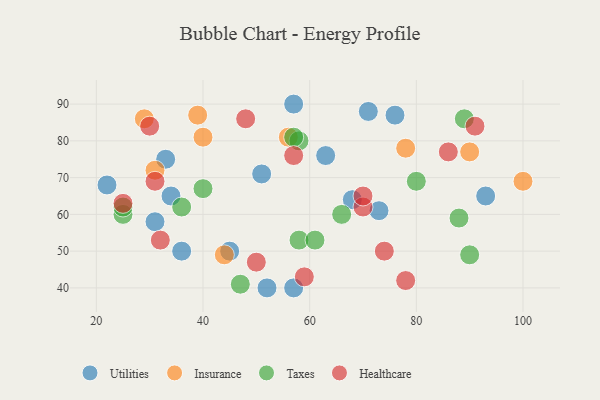
{"axis": {"x": "GDP", "y": "Life Expectancy"}, "legend": ["Healthcare", "Insurance", "Taxes", "Utilities"], "data": [{"x": "33", "y": 75, "type": "Utilities"}, {"x": "51", "y": 71, "type": "Utilities"}, {"x": "73", "y": 61, "type": "Utilities"}, {"x": "68", "y": 64, "type": "Utilities"}, {"x": "22", "y": 68, "type": "Utilities"}, {"x": "71", "y": 88, "type": "Utilities"}, {"x": "52", "y": 40, "type": "Utilities"}, {"x": "63", "y": 76, "type": "Utilities"}, {"x": "45", "y": 50, "type": "Utilities"}, {"x": "93", "y": 65, "type": "Utilities"}, {"x": "36", "y": 50, "type": "Utilities"}, {"x": "57", "y": 40, "type": "Utilities"}, {"x": "76", "y": 87, "type": "Utilities"}, {"x": "57", "y": 90, "type": "Utilities"}, {"x": "34", "y": 65, "type": "Utilities"}, {"x": "31", "y": 58, "type": "Utilities"}, {"x": "78", "y": 78, "type": "Insurance"}, {"x": "90", "y": 77, "type": "Insurance"}, {"x": "39", "y": 87, "type": "Insurance"}, {"x": "44", "y": 49, "type": "Insurance"}, {"x": "31", "y": 72, "type": "Insurance"}, {"x": "100", "y": 69, "type": "Insurance"}, {"x": "29", "y": 86, "type": "Insurance"}, {"x": "56", "y": 81, "type": "Insurance"}, {"x": "40", "y": 81, "type": "Insurance"}, {"x": "88", "y": 59, "type": "Taxes"}, {"x": "58", "y": 53, "type": "Taxes"}, {"x": "80", "y": 69, "type": "Taxes"}, {"x": "47", "y": 41, "type": "Taxes"}, {"x": "40", "y": 67, "type": "Taxes"}, {"x": "58", "y": 80, "type": "Taxes"}, {"x": "57", "y": 81, "type": "Taxes"}, {"x": "89", "y": 86, "type": "Taxes"}, {"x": "25", "y": 60, "type": "Taxes"}, {"x": "90", "y": 49, "type": "Taxes"}, {"x": "36", "y": 62, "type": "Taxes"}, {"x": "25", "y": 62, "type": "Taxes"}, {"x": "66", "y": 60, "type": "Taxes"}, {"x": "61", "y": 53, "type": "Taxes"}, {"x": "48", "y": 86, "type": "Healthcare"}, {"x": "30", "y": 84, "type": "Healthcare"}, {"x": "86", "y": 77, "type": "Healthcare"}, {"x": "91", "y": 84, "type": "Healthcare"}, {"x": "70", "y": 62, "type": "Healthcare"}, {"x": "78", "y": 42, "type": "Healthcare"}, {"x": "59", "y": 43, "type": "Healthcare"}, {"x": "32", "y": 53, "type": "Healthcare"}, {"x": "31", "y": 69, "type": "Healthcare"}, {"x": "50", "y": 47, "type": "Healthcare"}, {"x": "74", "y": 50, "type": "Healthcare"}, {"x": "70", "y": 65, "type": "Healthcare"}, {"x": "57", "y": 76, "type": "Healthcare"}, {"x": "25", "y": 63, "type": "Healthcare"}]}